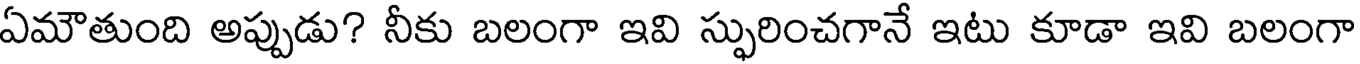
ఏమౌతుంది అప్పుడు? నీకు బలంగా ఇవి స్ఫురించగానే ఇటు కూడా ఇవి బలంగా